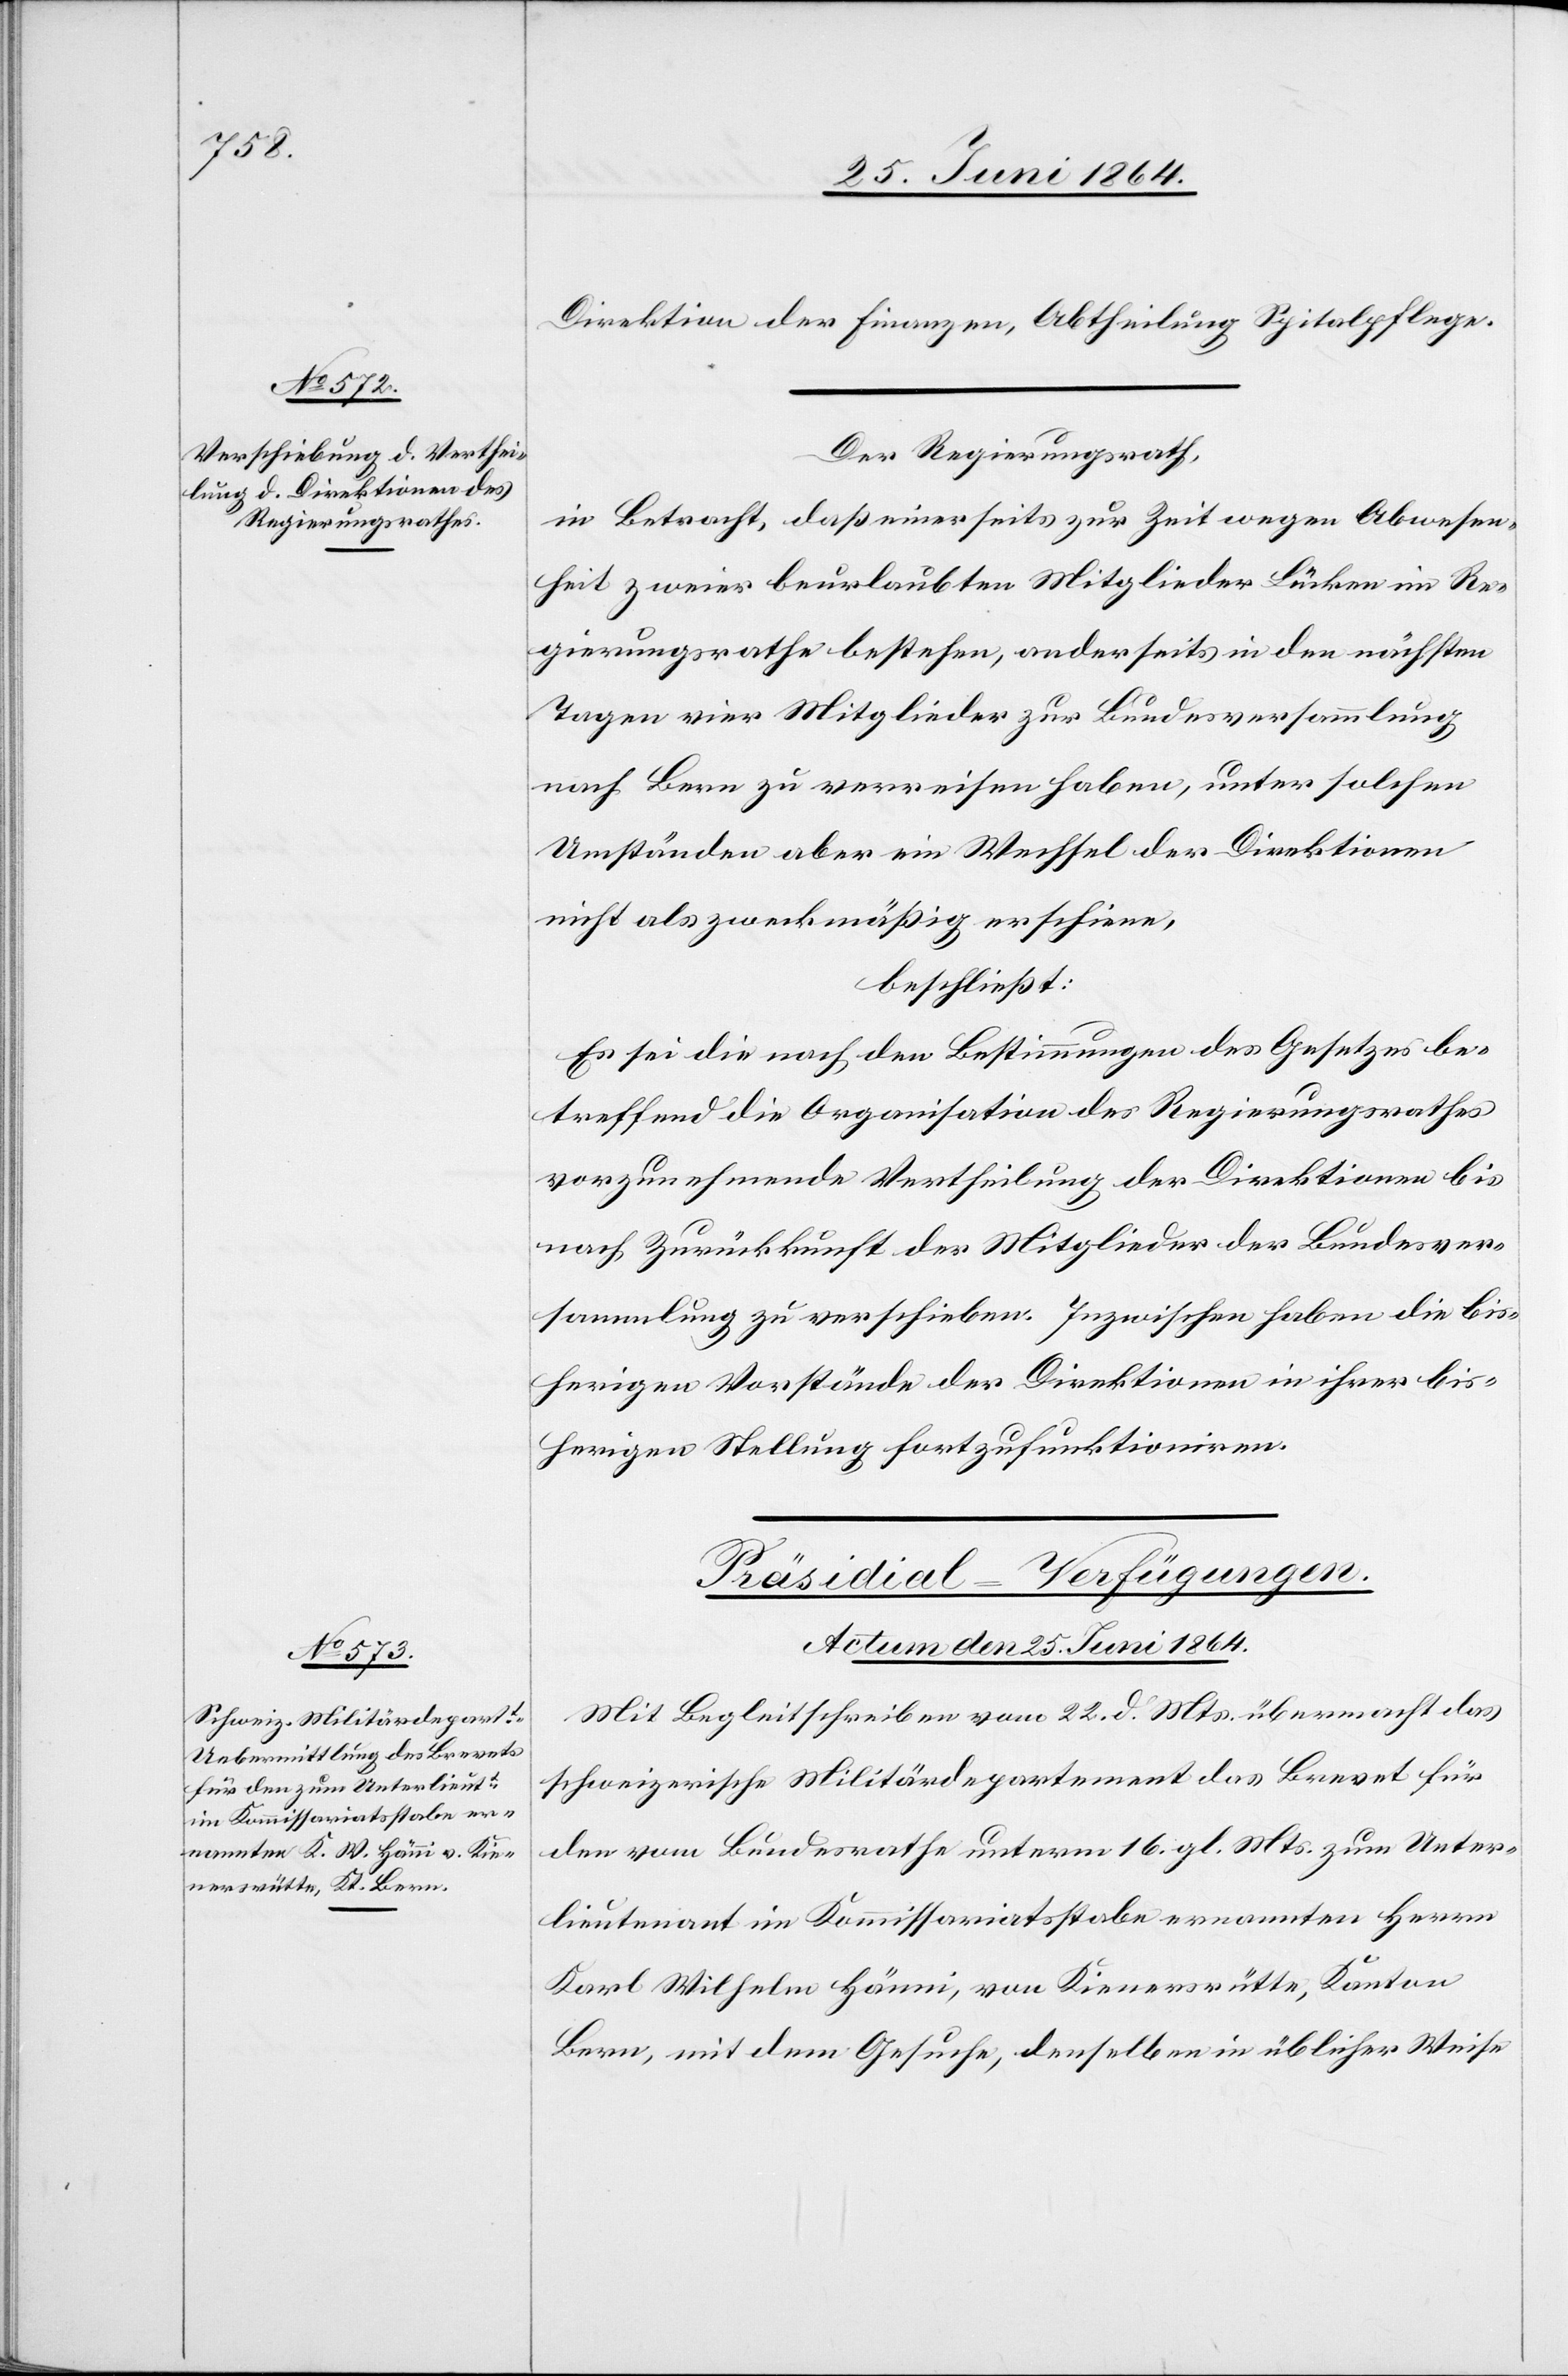
Direktion der Finanzen, Abtheilung Spitalpflege.
Der Regierungsrath,
in Betracht, daß einerseits zur Zeit wegen Abwesen¬
heit zweier beurlaubten Mitglieder [sic!] Lücken im Re¬
gierungsrathe bestehen, anderseits in den nächsten
Tagen vier Mitglieder zur Bundesversammlung
nach Bern zu verreisen haben, unter solchen
Umständen aber ein Wechsel der Direktionen
nicht als zweckmäßig erschien,
beschließt:
Es sei die nach den Bestimmungen des Gesetzes be¬
treffend die Organisation des Regierungsrathes
vorzunehmende Vertheilung der Direktionen bis
nach Zurückkunft der Mitglieder der Bundesver¬
sammlung zu verschieben. Inzwischen haben die bis¬
herigen Vorstände der Direktionen in ihrer bis¬
herigen Stellung fortzufunktionieren.
Präsidial-Verfügungen.
Actum den 25. Juni 1864.
Mit Begleitschreiben vom 22. d. Mts. übermacht das
schweizerische Militärdepartement das Brevet für
den vom Bundesrathe unterm 16. gl. Mts. zum Unter¬
lieutenant im Kommissariatsstabe ernannten Herrn
Karl Wilhelm Hänni, von Kienersrütte, Kanton
Bern, mit dem Gesuche, denselben in üblicher Weise